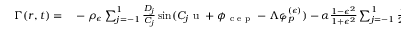
\begin{array} { r l } { \Gamma ( r , t ) = } & { { } - \rho _ { \epsilon } \sum _ { j = - 1 } ^ { 1 } \frac { D _ { j } } { C _ { j } } \sin ( C _ { j } \mathrm { ~ u ~ } + \phi _ { \mathrm { ~ c ~ e ~ p ~ } } - \Lambda \varphi _ { p } ^ { ( \epsilon ) } ) - \alpha \frac { 1 - \epsilon ^ { 2 } } { 1 + \epsilon ^ { 2 } } \sum _ { j = - 1 } ^ { 1 } \frac { D _ { j } ^ { 2 } } { 2 C _ { j } } \sin ( 2 C _ { j } \mathrm { ~ u ~ } + 2 \phi _ { \mathrm { ~ c ~ e ~ p ~ } } ) } \end{array} .